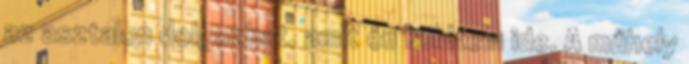
az asztalon dolgozhat, amit én küldtem ide. A műhely